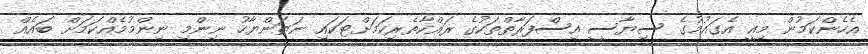
އެހެންކަމުން މިއީ އެގައުމުގެ ސިޔާސީ އިސްފަރާތްތަކުގެ ރައްކާތެރިކަމަށްޓަކައި ނަތަންޔާހު ނިންމި ނިންމުމެއްކަމަށް ބައެއް